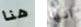
هنا انها